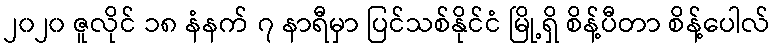
၂၀၂၀ ဇူလိုင် ၁၈ နံနက် ၇ နာရီမှာ ပြင်သစ်နိုင်ငံ မြို့ရှိ စိန့်ပီတာ စိန့်ပေါလ်